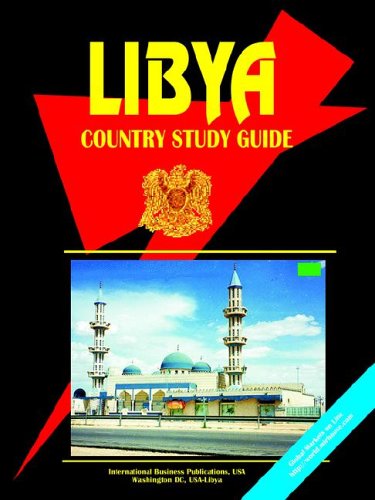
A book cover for Libya Country Study Guide; Ibp Usa; Travel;